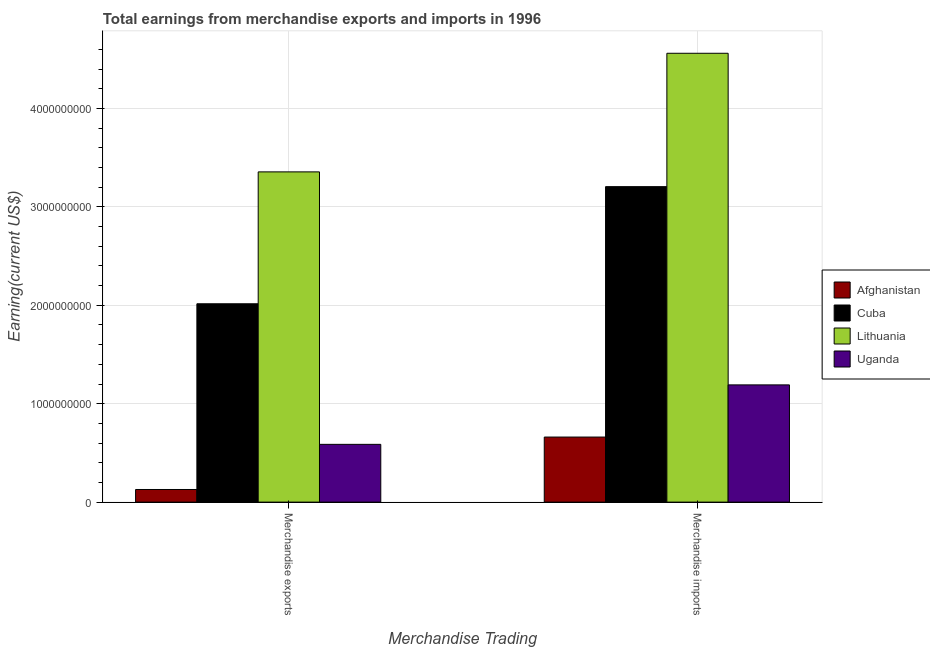
| Merchandise Trading | Afghanistan | Cuba | Lithuania | Uganda |
 | --- | --- | --- | --- | --- |
 | Merchandise exports | 1.28e+08 | 2.02e+09 | 3.36e+09 | 5.87e+08 |
 | Merchandise imports | 6.61e+08 | 3.20e+09 | 4.56e+09 | 1.19e+09 |